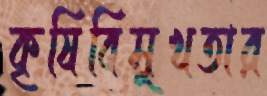
কৃষিবিমুখতার